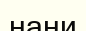
нани